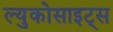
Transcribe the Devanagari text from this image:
ल्युकोसाइट्स